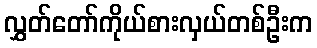
လွှတ်တော်ကိုယ်စားလှယ်တစ်ဦးက